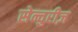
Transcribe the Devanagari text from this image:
सेन्चुरीज़